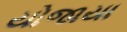
યોજાયા